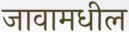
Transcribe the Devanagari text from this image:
जावामधील